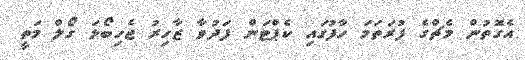
އެގޮތުން މެޗްގެ ފުރަތަމަ ހާފުގައި ކެޕްޓަން ފަދުވާ ޒާހިރު ޖެހިބޯޅަ ގޯލް މަތީ